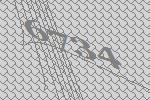
6734